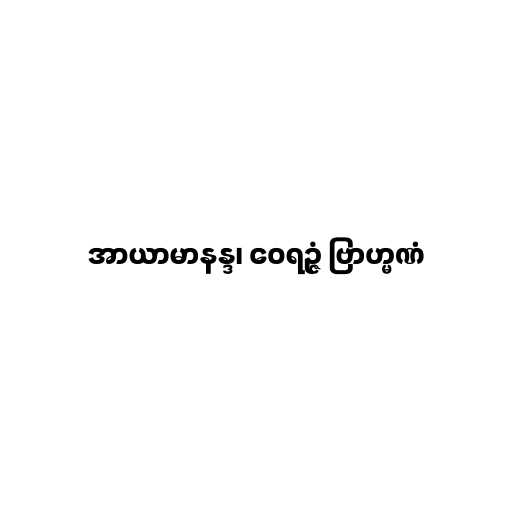
အာယာမာနန္ဒ၊ ဝေရဉ္ဇံ ဗြာဟ္မဏံ